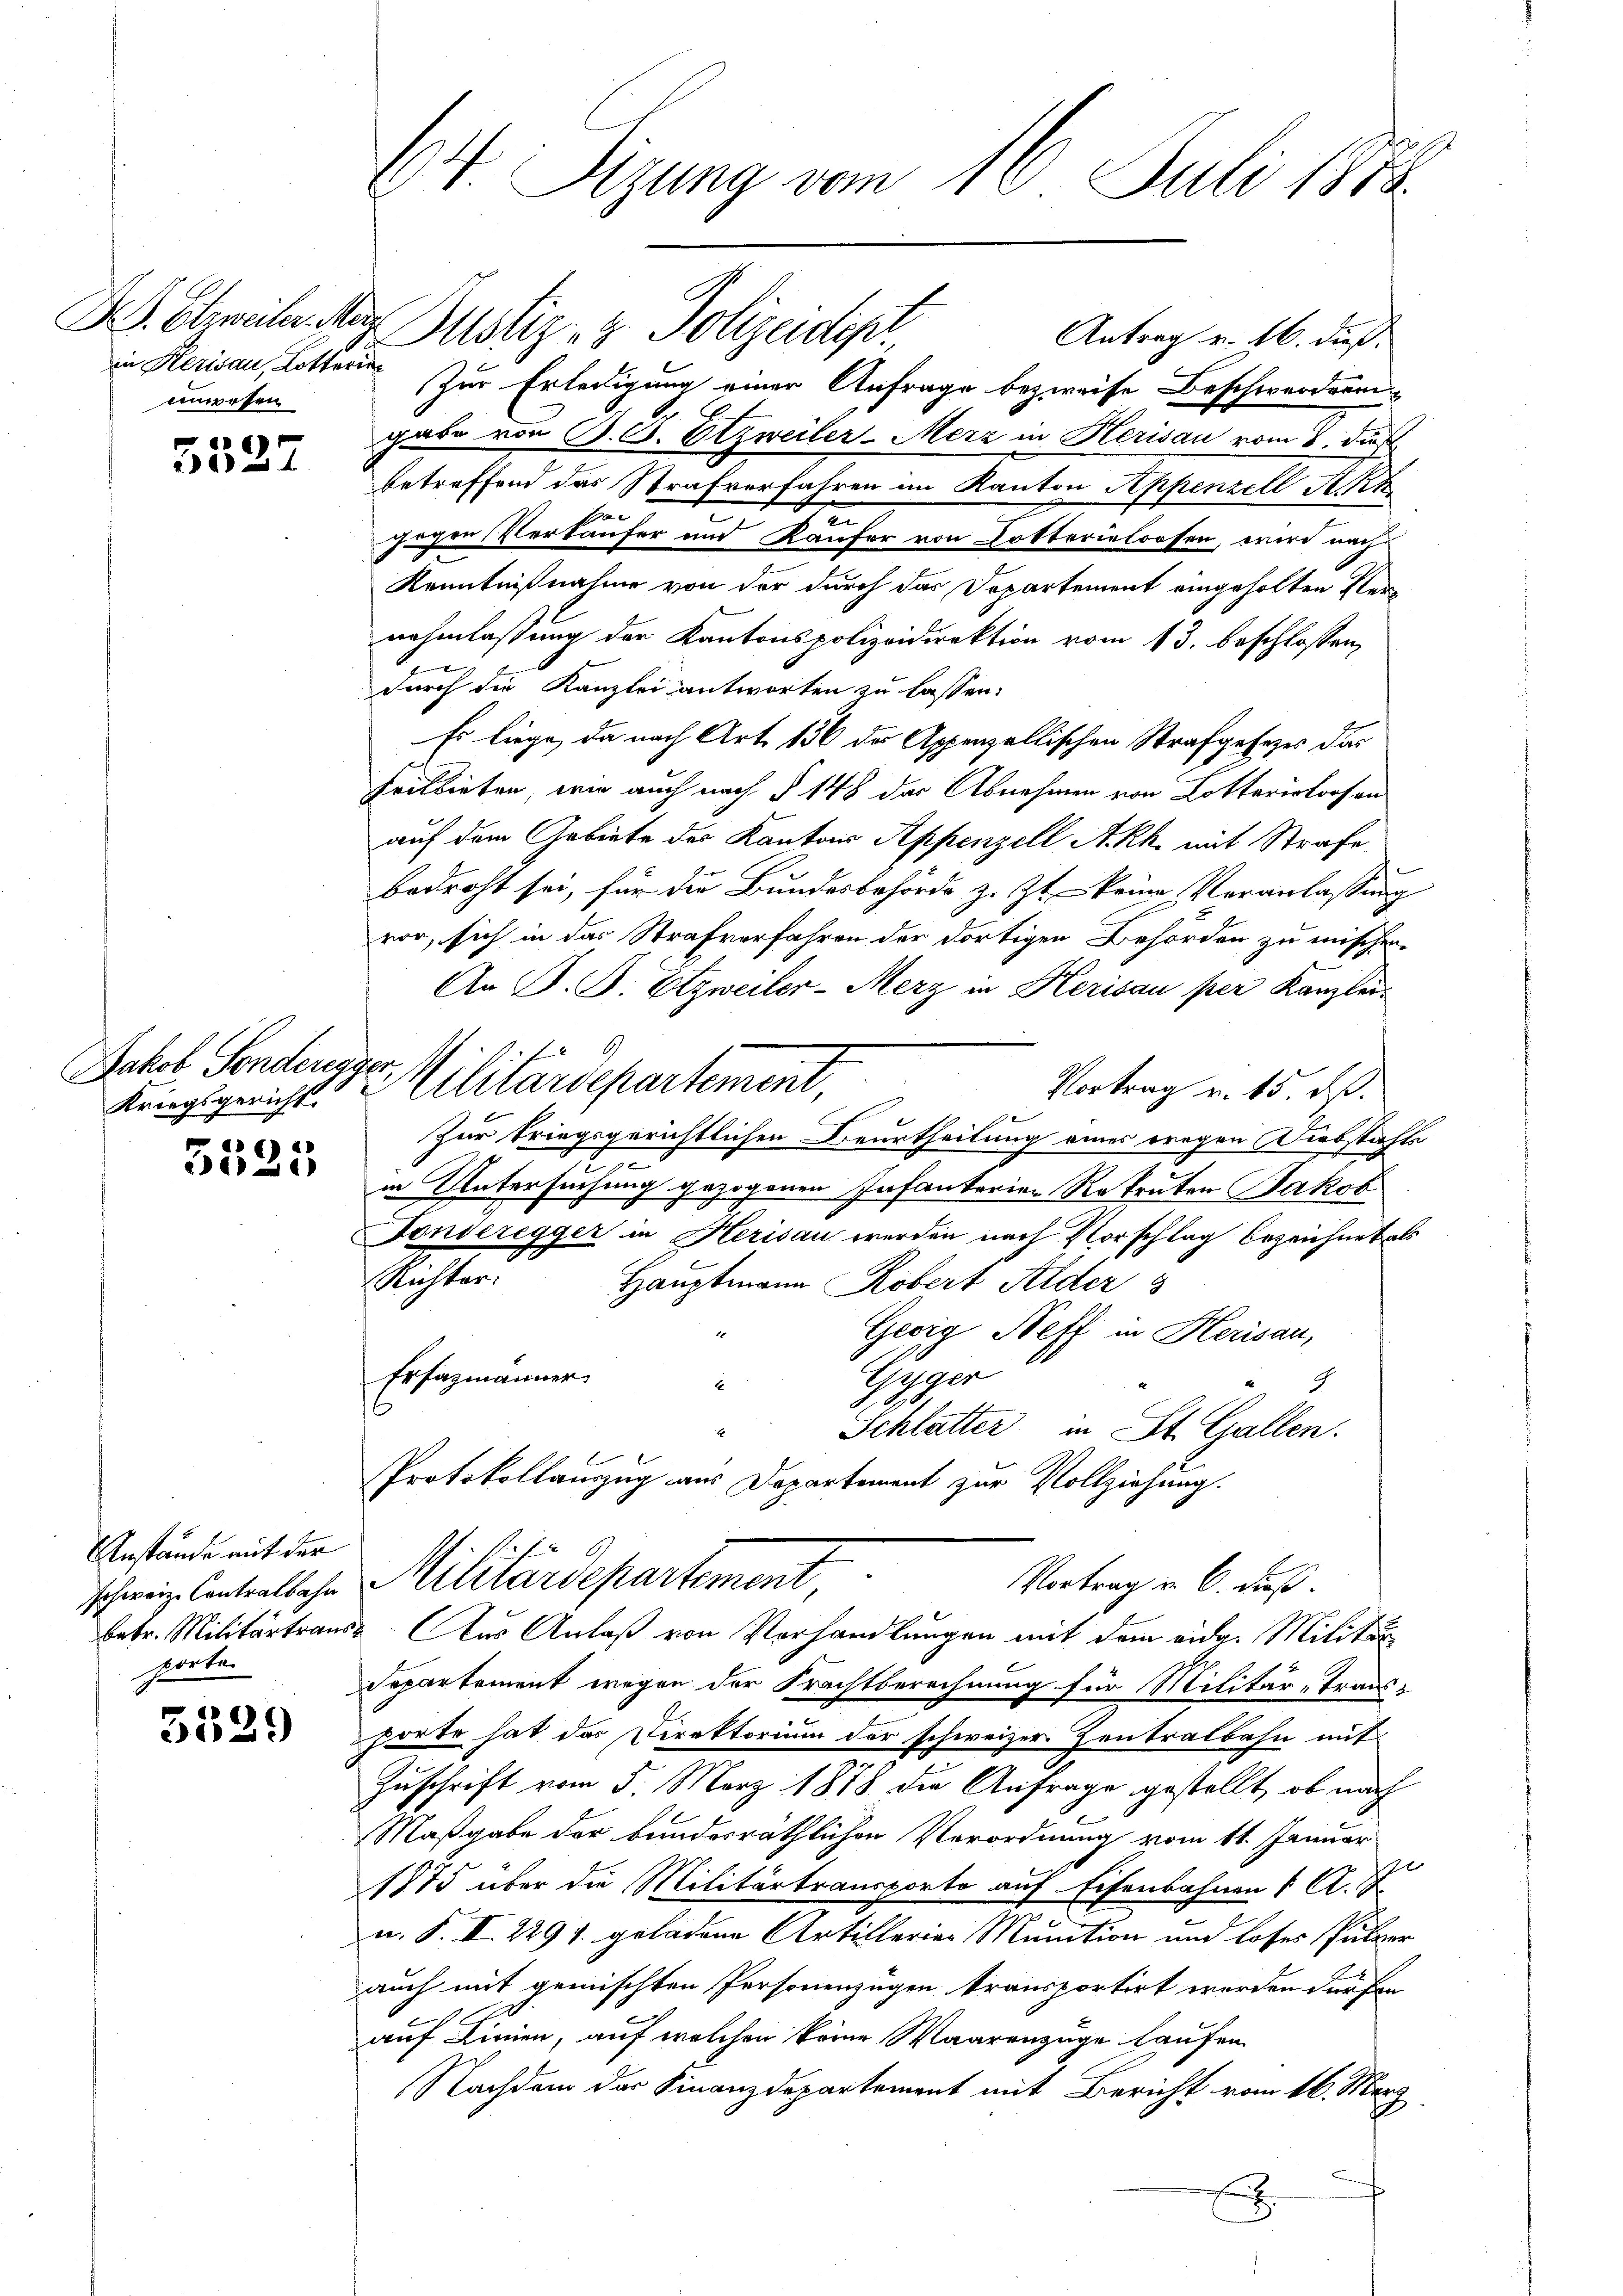
in Herisau, Lotterinunersen

)
24

Jakob Sonderegger,
Kriegsgericht.

)
24)

Anstände mit der
schweiz. Contralbahn
parten

«
3629

64 Sizung vom 16. Juli 1888.

Z. etweile der Justiz- & Polizeidige

Antrag v. 16. dieß.
Zur Erledigung einer Anfrage bezweife Beschwerden
gabe von P. G. Atzweiler-Merz in Herisau vom 8. di
betreffend das Strafverfahren im Kanton Appenzell Akk
b

gegen Verkäufer und Käufer von Dokterialoosen, wird nach
Kenntnißnahme von der durch das Departement eingeholten Vernahmlassung der Kantonspolizeidirektion vom 13. beschlossen,
durch die Kanzlei antworten zu lassen:
Es liege, da nach Art. 156 der Appenzellischen Strafgesezes das
Frilbieten, wie auch nach § 148 das Abnehmen von Lotteristorfen
auf dem Gebiete des Kantons Appenzell A.Rh. mit Strafe
bedroht sei, für die Bundesbehörde z. Zt. keine Veranlassung
vor, sich in das Strafverfahren der dortigen Behörden zu mischen.
An P. B. Etzweiler-Merz in Herisau per Kanzlei-
Militärdepartement,
Vortrag u. 15. dß.
e
Zur kriegsgerichtlichen Beurtheilung eines wegen Diebstahts
2
3
in Untersuchung gezogenen Infanterien Rekruten Jakob
Fonseregger in Herisau werden nach Vorschlag bezeichnet als
Richter.
Hauptmann Robert Alder 3
Gwig Neff in Herisau,
Ersazmänner
Enger
G
E
248.
Schlatter in St. Gallen.
t
Protokollauszug aus Departement zur Vollziehung.
Militärdepartement
Vortrag u. 6. dieß.
betr. Militärtraus. Aus Anlaß von Vorhandlungen mit dem eidg. Militär
Departement wegen der Frachtberechnung für Militär-Trans
porte hat das Direktorium der schweizer Zentralbahn mit
Zuschrift vom 5. März 1878 die Anfrage gestellt, ob nach
Maßgabe der bunderräthlichen Verordnung vom 11. Januar
1875 über die Militärtransporto auf Eisenbahnen 1 Al. I
u. S. II. 2297. geladene Artillerier Munition und loses Pulver
auch mit gemischten Personenzügen transportirt worden dürfen
auf Linien, auf welchen keine Waarenzuge laufen
Nachdem das Finanzdepartement mit Bericht vom 16. Merz

.